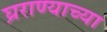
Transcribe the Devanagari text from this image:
घ्रराण्याच्या